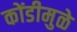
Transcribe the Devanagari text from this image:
कोंडीमुळे